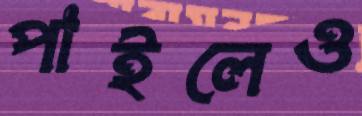
পাইলেও